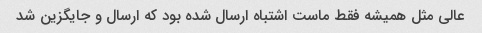
عالی مثل همیشه فقط ماست اشتباه ارسال شده بود که ارسال و جایگزین شد